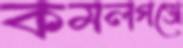
কমলগঞ্জে